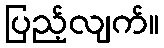
ပြည့်လျက်။